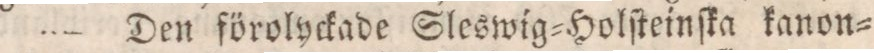
— Den förolyckade Sleswig=Holſteinſka kanon=